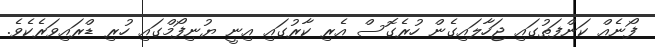
ފޯނެއް ކަންފަތުގައި ޖަހާލައިގެން ހުރެގޮސް އެރި ކާރުގައި އިނީ ޔުނިފޯމްގައި ހުރި ޑްރައިވަރެކެވެ.